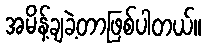
အမိန့်ချခဲ့တာဖြစ်ပါတယ်။